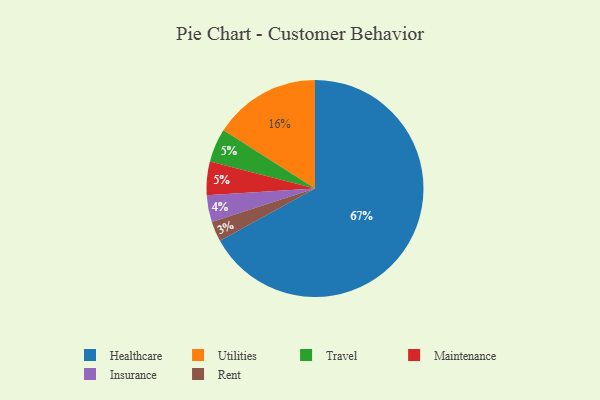
{"axis": {"x": "Category", "y": "Percentage"}, "legend": ["Healthcare", "Insurance", "Maintenance", "Rent", "Travel", "Utilities"], "data": [{"x": "Travel", "y": 5, "type": "Travel"}, {"x": "Utilities", "y": 16, "type": "Utilities"}, {"x": "Rent", "y": 3, "type": "Rent"}, {"x": "Healthcare", "y": 67, "type": "Healthcare"}, {"x": "Insurance", "y": 4, "type": "Insurance"}, {"x": "Maintenance", "y": 5, "type": "Maintenance"}]}